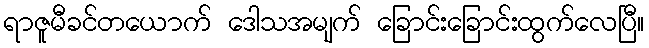
ရာဇူမီခင်တယောက် ဒေါသအမျက် ခြောင်းခြောင်းထွက်လေပြီ။